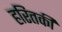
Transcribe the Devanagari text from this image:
हरितकी